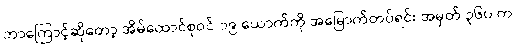
ဘာကြောင့်ဆိုတော့ အိမ်ထောင်စုဝင် ၁၉ ယောက်ကို အမြောက်တပ်ရင်း အမှတ် ၃၆၀ က